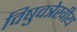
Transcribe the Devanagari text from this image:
विषुवत्रेखीय